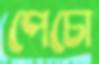
পেচো